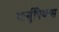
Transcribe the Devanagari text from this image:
मार्सुपिय्ल्स